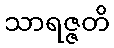
သာရဇ္ဇတိ